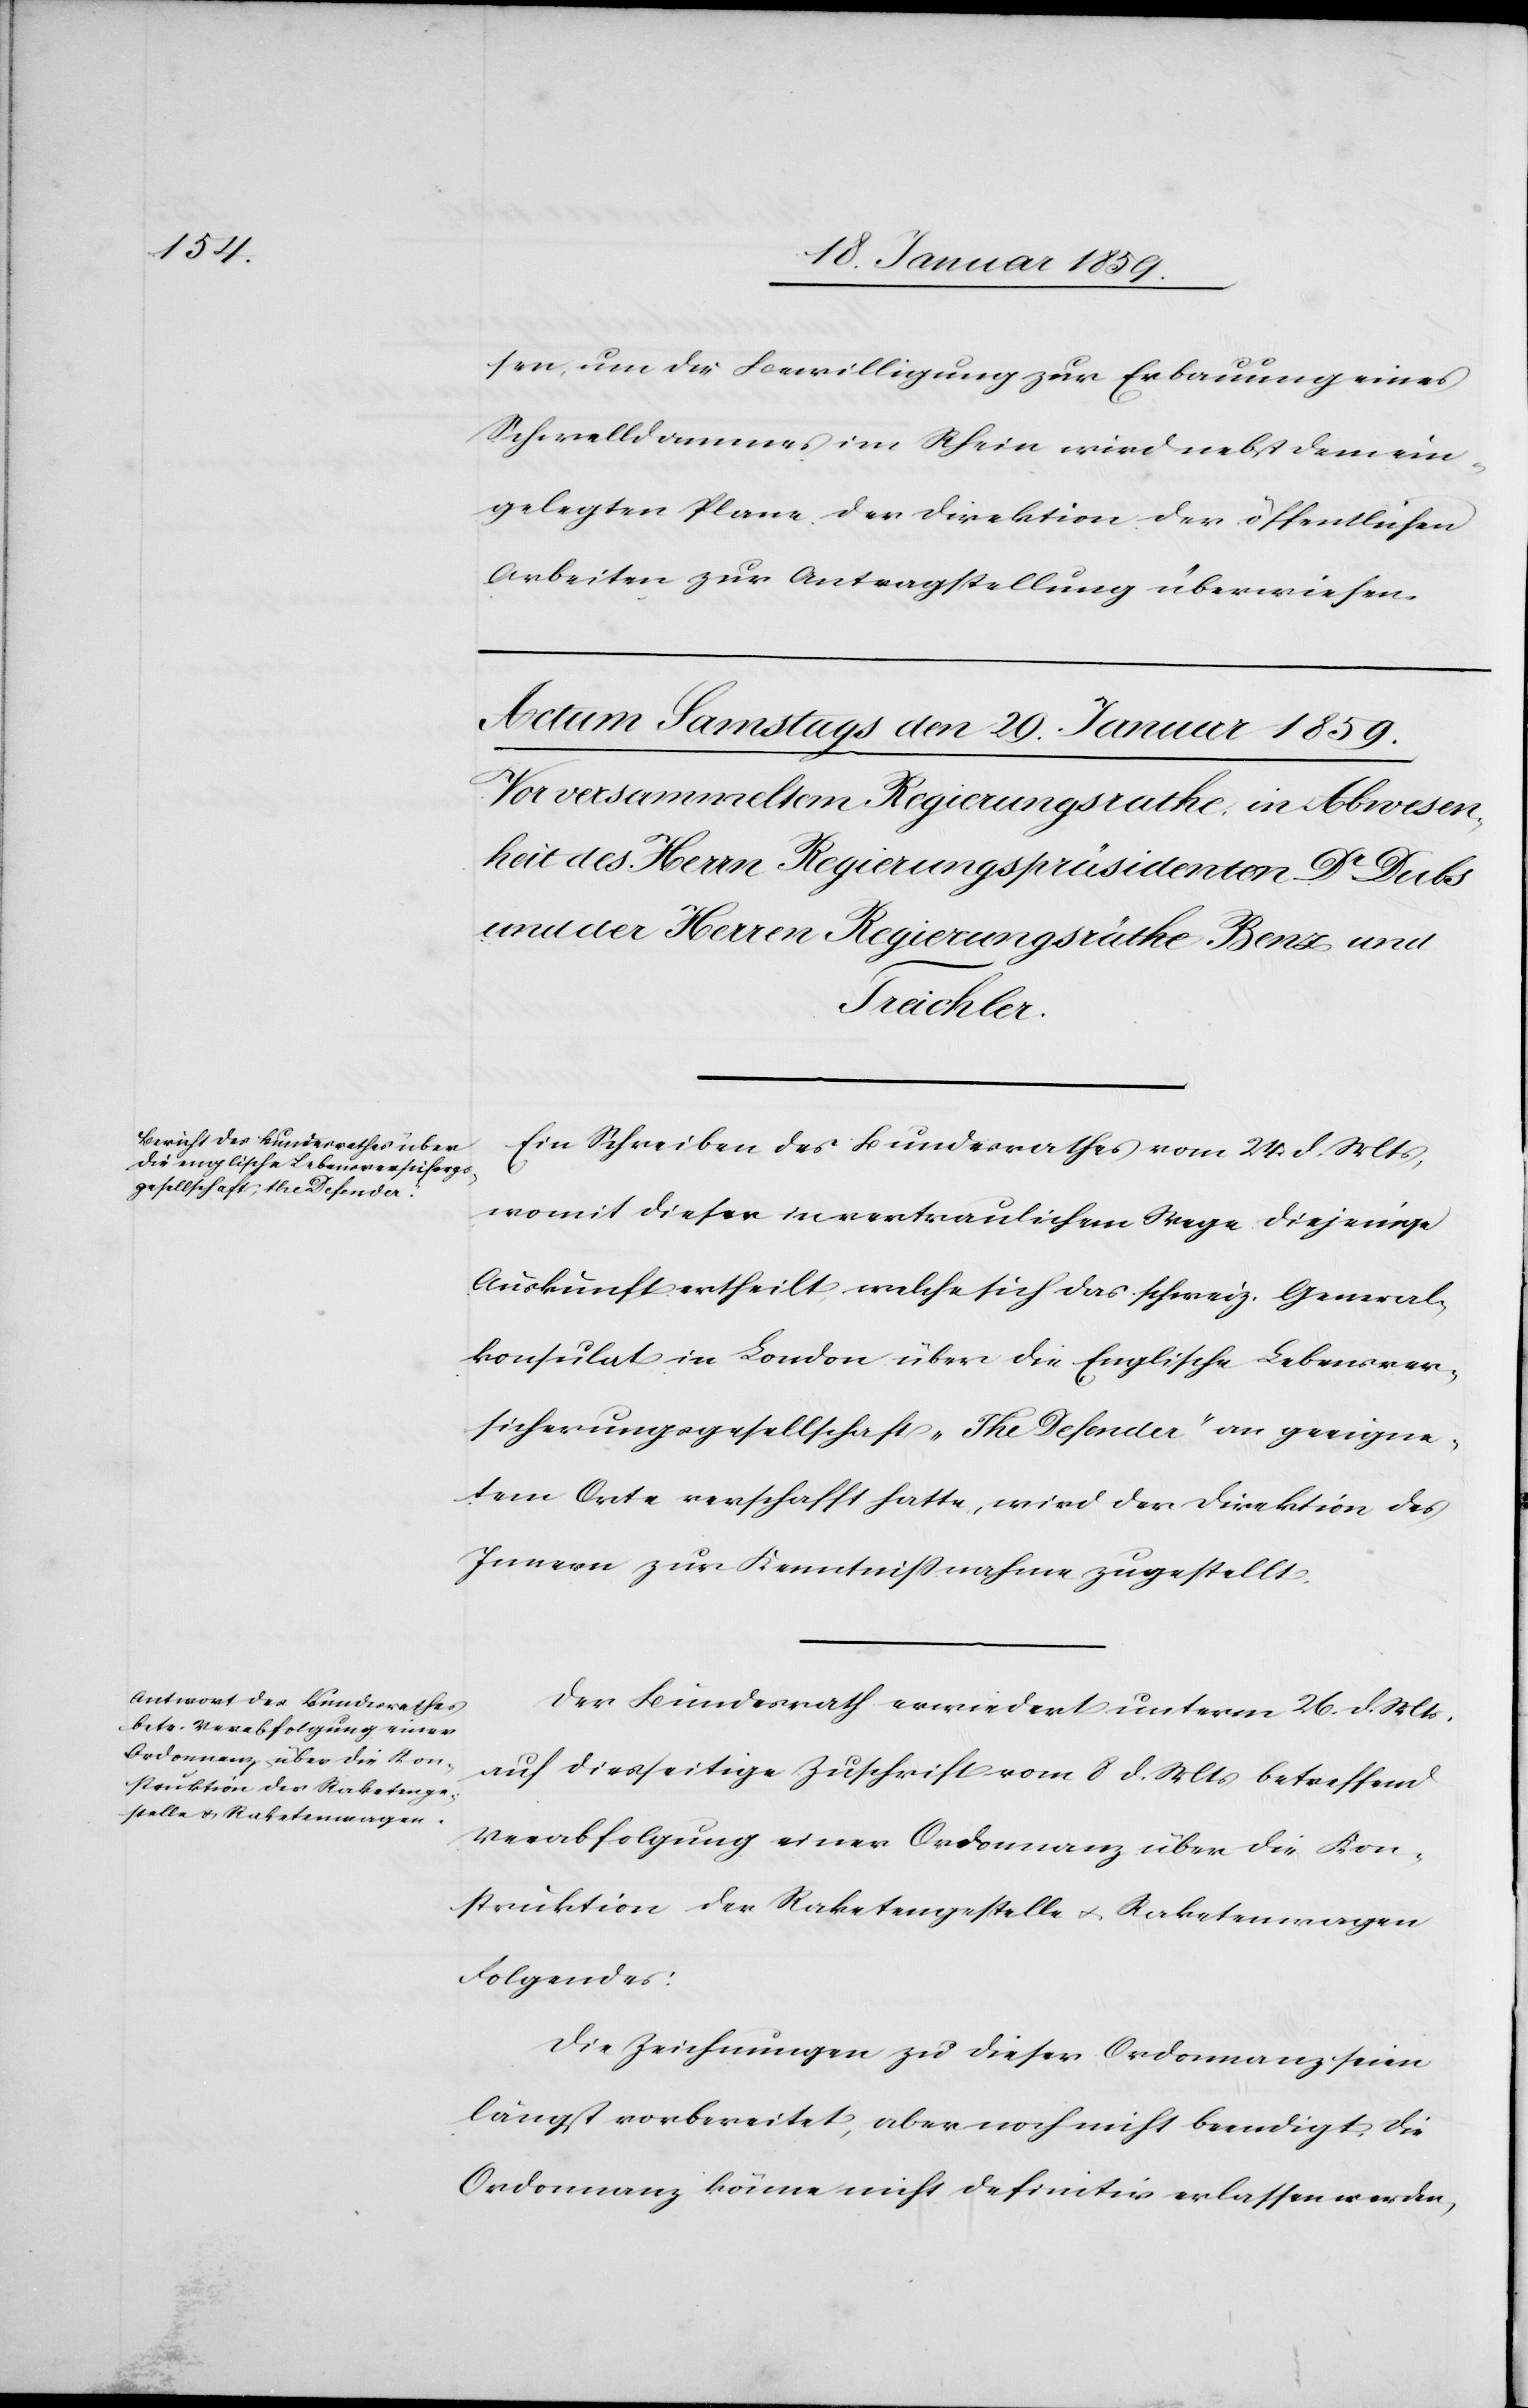
sen, um die Bewilligung zur Erbauung eines
Schwelldammes im Rhein wird nebst dem ein¬
gelegten Plane der Direktion der öffentlichen
Arbeiten zur Antragstellung überwiesen.
Ein Schreiben des Bundesrathes vom 24. d. Mts,
womit dieser in vertraulichem Wege diejenige
Auskunft ertheilt, welche sich das schweiz. General¬
konsulat in London über die Englische Lebensver¬
sicherungsgesellschaft „The Defender“ an geeigne¬
tem Orte verschafft hatte, wird der Direktion des
Innern zur Kenntnißnahme zugestellt.
Der Bundesrath erwiedert unterm 26. d. Mts.
auf diesseitige Zuschrift vom 8 d. Mts betreffend
Verabfolgung einer Ordonnanz über die Kon¬
struktion der Raketengestelle u. Raketenwagen
Folgendes:
Die Zeichnungen zu dieser Ordonnanz seien
längst vorbereitet, aber noch nicht beendigt, die
Ordonnanz könne nicht definitiv erlassen werden,